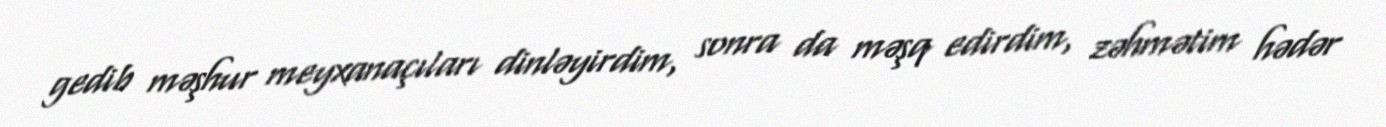
gedib məşhur meyxanaçıları dinləyirdim, sonra da məşq edirdim, zəhmətim hədər